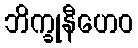
ဘိက္ခုနီဟေဝ